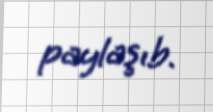
paylaşıb.